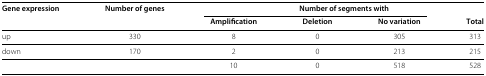
<table><thead><tr><td><b>Gene expression</b></td><td><b>Number of genes</b></td><td colspan="3"><b>Number of segments with</b></td><td><b> </b></td></tr></thead><tbody><tr><td> </td><td> </td><td><b>Amplification</b></td><td><b>Deletion</b></td><td><b>No variation</b></td><td><b>Total</b></td></tr><tr><td>up</td><td>330</td><td>8</td><td>0</td><td>305</td><td>313</td></tr><tr><td>down</td><td>170</td><td>2</td><td>0</td><td>213</td><td>215</td></tr><tr><td> </td><td> </td><td>10</td><td>0</td><td>518</td><td>528</td></tr></tbody></table>